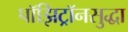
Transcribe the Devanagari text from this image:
पॉझिट्रॉनसुद्धा